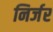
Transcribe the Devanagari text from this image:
निर्जर